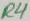
Text: R4